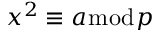
x ^ { 2 } \equiv a { \bmod { p } }